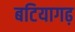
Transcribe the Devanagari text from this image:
बटियागढ़